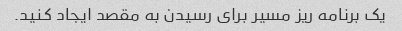
یک برنامه ریز مسیر برای رسیدن به مقصد ایجاد کنید.